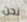
نحن